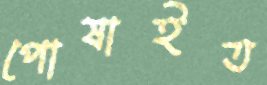
পোষাইত